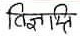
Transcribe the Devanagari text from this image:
विज्ञप्ति